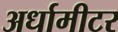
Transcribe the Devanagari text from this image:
अर्धामीटर